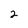
Character: 2